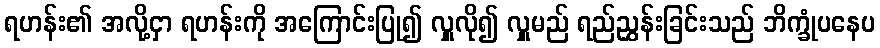
ရဟန်း၏ အလို့ငှာ ရဟန်းကို အကြောင်းပြု၍ လှူလို၍ လှူမည် ရည်ညွှန်းခြင်းသည် ဘိက္ခုံပနေပ